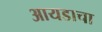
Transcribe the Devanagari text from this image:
आयडाचा